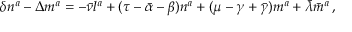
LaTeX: \delta n ^ { a } - \Delta m ^ { a } = - { \bar { \nu } } l ^ { a } + ( \tau - { \bar { \alpha } } - \beta ) n ^ { a } + ( \mu - \gamma + { \bar { \gamma } } ) m ^ { a } + { \bar { \lambda } } { \bar { m } } ^ { a } \, ,